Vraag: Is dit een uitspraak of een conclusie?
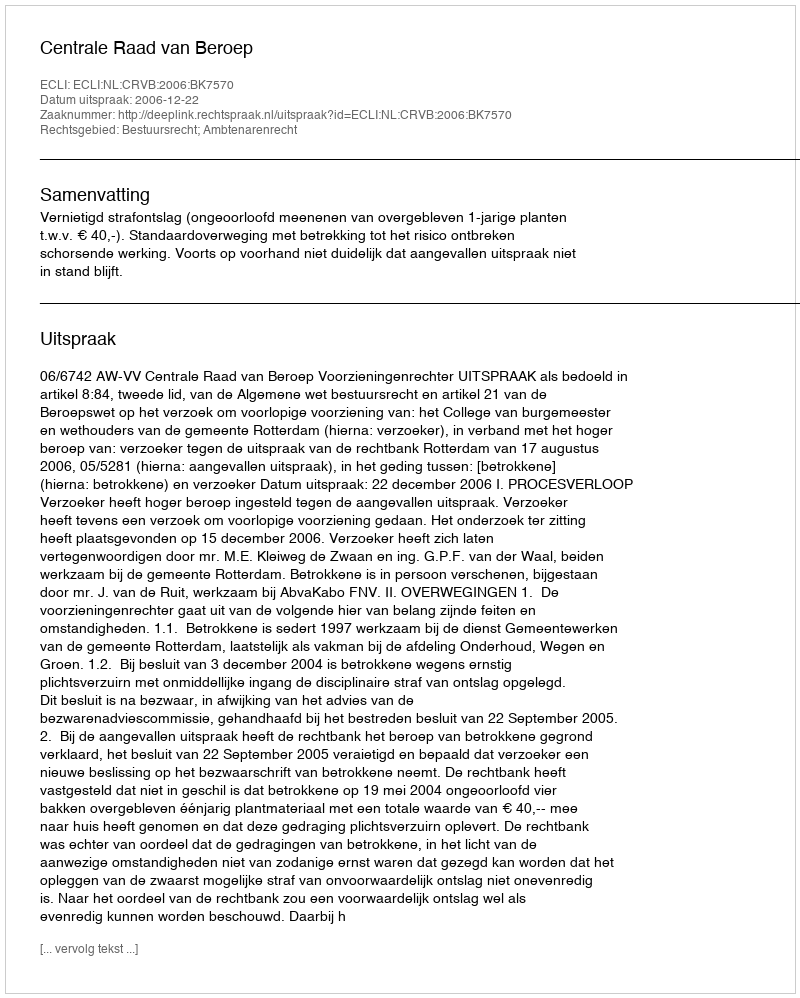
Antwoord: Uitspraak